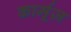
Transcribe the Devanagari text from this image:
कार्मूज़